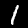
Label: 1